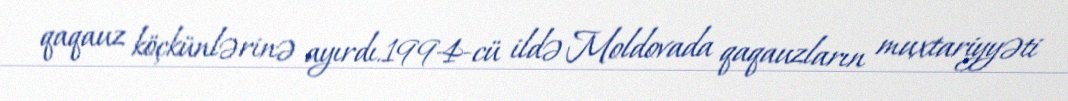
qaqauz köçkünlərinə ayırdı.1994-cü ildə Moldovada qaqauzların muxtariyyəti